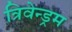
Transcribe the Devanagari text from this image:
त्रिवेन्ड्रम